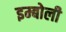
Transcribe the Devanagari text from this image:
इम्बोली